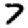
Digit: 7